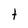
Character: t